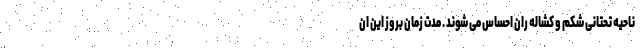
ناحیه تحتانی شکم و کشاله ران احساس می شوند . مدت زمان بروز این ان